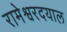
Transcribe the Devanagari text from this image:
रामेश्वरदयाल